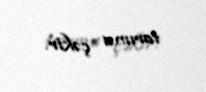
tarıma çəkir.